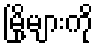
မြို့များကို